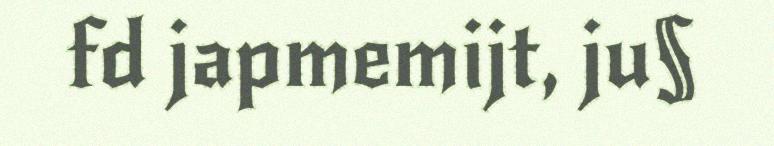
fd japmemijt, ju§